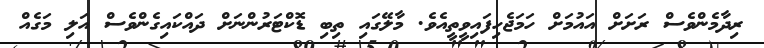
ރިދާމެންވެސް ރަށަށް އައުމަށް ހަމަޖެހިފައިވީތީއެވެ. މާލޭގައި ތިބި ޑޮކްޓަރުންނަށް ދައްކައިގެންވެސް އަލި މަގެއް